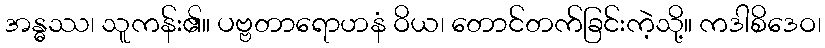
အန္ဓဿ၊ သူကန်း၏။ ပဗ္ဗတာရောဟနံ ဝိယ၊ တောင်တက်ခြင်းကဲ့သို့။ ကဒါစိဒေဝ၊